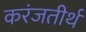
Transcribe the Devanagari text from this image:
करंजतीर्थ